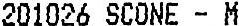
201026 SCONE - M